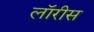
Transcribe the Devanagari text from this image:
लॉरीस